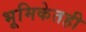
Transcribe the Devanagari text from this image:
भूमिकेतही